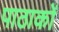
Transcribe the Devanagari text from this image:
पाठाकों